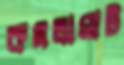
কমলাঘাট